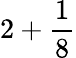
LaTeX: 2+\frac{1}{8}